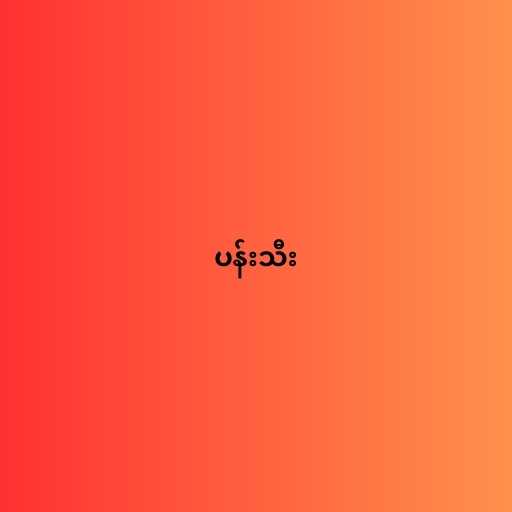
ပန်းသီး